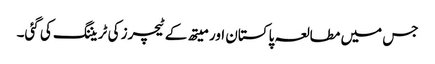
جس میں مطالعہ پاکستان اور میتھ کے ٹیچرز کی ٹریننگ کی گئی۔